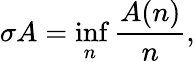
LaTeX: \sigma A=\operatorname*{inf}_{n}{\frac{A(n)}{n}},